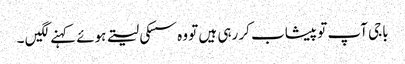
باجی آپ تو پیشاب کر رہی ہیں تو وہ سسکی لیتے ہوئے کہنے لگیں ۔